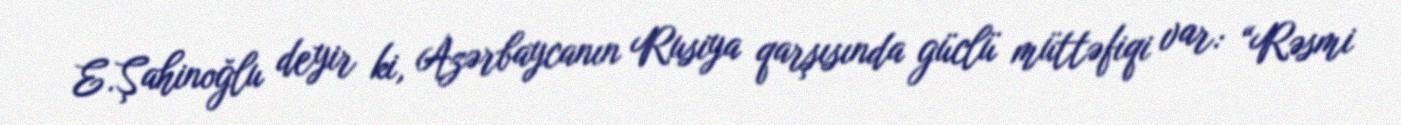
E.Şahinoğlu deyir ki, Azərbaycanın Rusiya qarşısında güclü müttəfiqi var: “Rəsmi